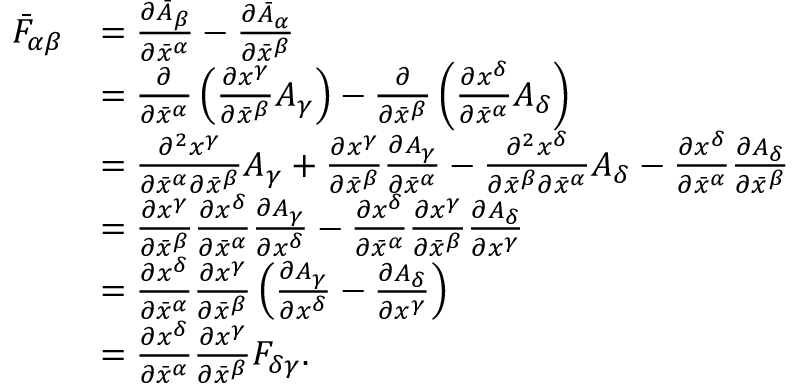
{ \begin{array} { r l } { { \bar { F } } _ { \alpha \beta } } & { = { \frac { \partial { \bar { A } } _ { \beta } } { \partial { \bar { x } } ^ { \alpha } } } - { \frac { \partial { \bar { A } } _ { \alpha } } { \partial { \bar { x } } ^ { \beta } } } } \\ & { = { \frac { \partial } { \partial { \bar { x } } ^ { \alpha } } } \left( { \frac { \partial x ^ { \gamma } } { \partial { \bar { x } } ^ { \beta } } } A _ { \gamma } \right) - { \frac { \partial } { \partial { \bar { x } } ^ { \beta } } } \left( { \frac { \partial x ^ { \delta } } { \partial { \bar { x } } ^ { \alpha } } } A _ { \delta } \right) } \\ & { = { \frac { \partial ^ { 2 } x ^ { \gamma } } { \partial { \bar { x } } ^ { \alpha } \partial { \bar { x } } ^ { \beta } } } A _ { \gamma } + { \frac { \partial x ^ { \gamma } } { \partial { \bar { x } } ^ { \beta } } } { \frac { \partial A _ { \gamma } } { \partial { \bar { x } } ^ { \alpha } } } - { \frac { \partial ^ { 2 } x ^ { \delta } } { \partial { \bar { x } } ^ { \beta } \partial { \bar { x } } ^ { \alpha } } } A _ { \delta } - { \frac { \partial x ^ { \delta } } { \partial { \bar { x } } ^ { \alpha } } } { \frac { \partial A _ { \delta } } { \partial { \bar { x } } ^ { \beta } } } } \\ & { = { \frac { \partial x ^ { \gamma } } { \partial { \bar { x } } ^ { \beta } } } { \frac { \partial x ^ { \delta } } { \partial { \bar { x } } ^ { \alpha } } } { \frac { \partial A _ { \gamma } } { \partial x ^ { \delta } } } - { \frac { \partial x ^ { \delta } } { \partial { \bar { x } } ^ { \alpha } } } { \frac { \partial x ^ { \gamma } } { \partial { \bar { x } } ^ { \beta } } } { \frac { \partial A _ { \delta } } { \partial x ^ { \gamma } } } } \\ & { = { \frac { \partial x ^ { \delta } } { \partial { \bar { x } } ^ { \alpha } } } { \frac { \partial x ^ { \gamma } } { \partial { \bar { x } } ^ { \beta } } } \left( { \frac { \partial A _ { \gamma } } { \partial x ^ { \delta } } } - { \frac { \partial A _ { \delta } } { \partial x ^ { \gamma } } } \right) } \\ & { = { \frac { \partial x ^ { \delta } } { \partial { \bar { x } } ^ { \alpha } } } { \frac { \partial x ^ { \gamma } } { \partial { \bar { x } } ^ { \beta } } } F _ { \delta \gamma } . } \end{array} }